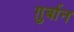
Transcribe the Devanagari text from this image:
ग़ुर्बान